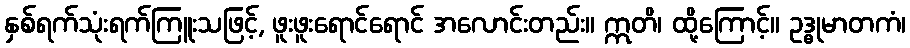
နှစ်ရက်သုံးရက်ကြူးသဖြင့်, ဖူးဖူးရောင်ရောင် အလောင်းတည်း။ ဣတိ၊ ထို့ကြောင့်။ ဥဒ္ဓုမာတကံ၊